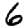
Digit: 6